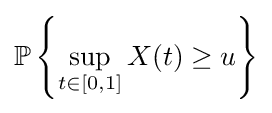
\mathbb {P} \left\{\sup _{t\in [0,1]}X(t)\geq u\right\}